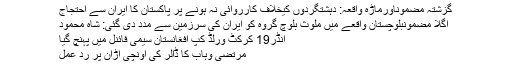
گزشتہ مضموناورماڑہ واقعہ: دہشتگردوں کیخلاف کارروائی نہ ہونے پر پاکستان کا ایران سے احتجاج
اگلا مضمونبلوچستان واقعے میں ملوث بلوچ گروہ کو ایران کی سرزمین سے مدد دی گئی: شاہ محمود
انڈر19 کرکٹ ورلڈ کپ افغانستان سیمی فائنل میں پہنچ گیا
مرتضیٰ وہاب کا ڈالر کی اُونچی اڑان پر رد عمل